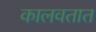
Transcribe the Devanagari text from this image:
कालवतात